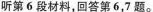
第6段材料，回答第6，7题。